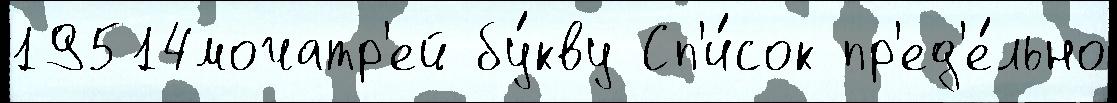
19514мочатр'ей бу́кву Сп'и́сок пр'ед'е́льно